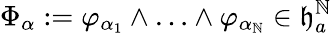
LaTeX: \Phi_{\alpha}:=\varphi_{\alpha_{1}}\wedge\ldots\wedge\varphi_{\alpha_{\mathbb{N}}}\in\mathfrak{{h}}_{a}^{\mathbb{N}}